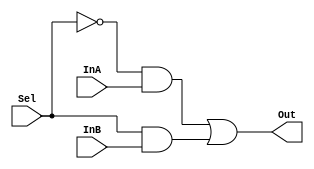
/* ***************************************************************\
| Name of program : Lab6
| Author : Charles Heckel
| Date Created : 6/07/2018
| Date last updated : 6/07/2018
| Function : produces exactly one output from 8 possible inputs
| Method : instantiates 7 sets of 3 2-input muxes to obtain a
|		3bit output from the 8 3bit inputs provided
| Inputs :	inA-B	- 1bit inputs to be chosen by mux array
|				Sel	- 1bit selector to determine which input gets 
|		passed as output
| Output :	Out	- 1 bit output determined by Sel
| Additional Comments : (Extras)
\*****************************************************************/

module Mux2to1(InA, InB, Sel, Out);
	//variables
	input InA, InB, Sel;
	output wire Out;
	
	
	// implementation
	// use boolean arithmetic to select either A or B based on value of Sel
	// x----AND
	//      GATE --+
	//   +--HERE   |
	//   |         |
	//  NOT        +--OR
	//  GATE          GATE --- m
	//   |         +--HERE
	// s-+--AND    |
	//      GATE---+
	// y----HERE
	//
	//  s | m
	// ---+---
	//  0 | x
	//  1 | y
	//
	assign Out=(~Sel & InA) | (Sel & InB); 
	
endmodule